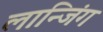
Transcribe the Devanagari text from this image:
लान्जिंग